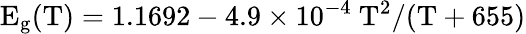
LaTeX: \mathrm{E_{g}(T)=1.1692-4.9\times 10^{-4}~T^{2}/(T+655)}